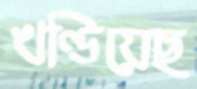
খণ্ডিয়েছ